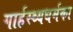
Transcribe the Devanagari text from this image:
गार्हस्थ्यधर्मका